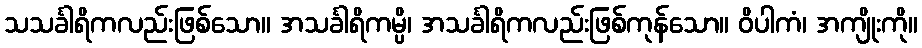
သသင်္ခါရိကလည်းဖြစ်သော။ အသင်္ခါရိကမ္ပိ၊ အသင်္ခါရိကလည်းဖြစ်ကုန်သော။ ဝိပါကံ၊ အကျိုးကို။